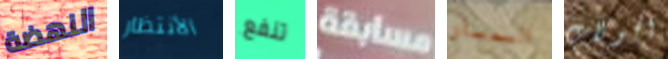
النهضة الأنتظار تنفع مسابقة السمسار الجولات